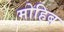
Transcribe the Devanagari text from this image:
मोहिब